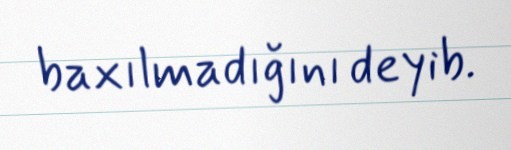
baxılmadığını deyib.